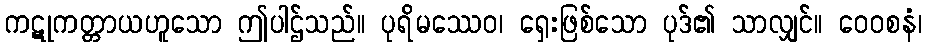
ကဋုကတ္တာယဟူသော ဤပါဌ်သည်။ ပုရိမဿေဝ၊ ရှေးဖြစ်သော ပုဒ်၏ သာလျှင်။ ဝေဝစနံ၊